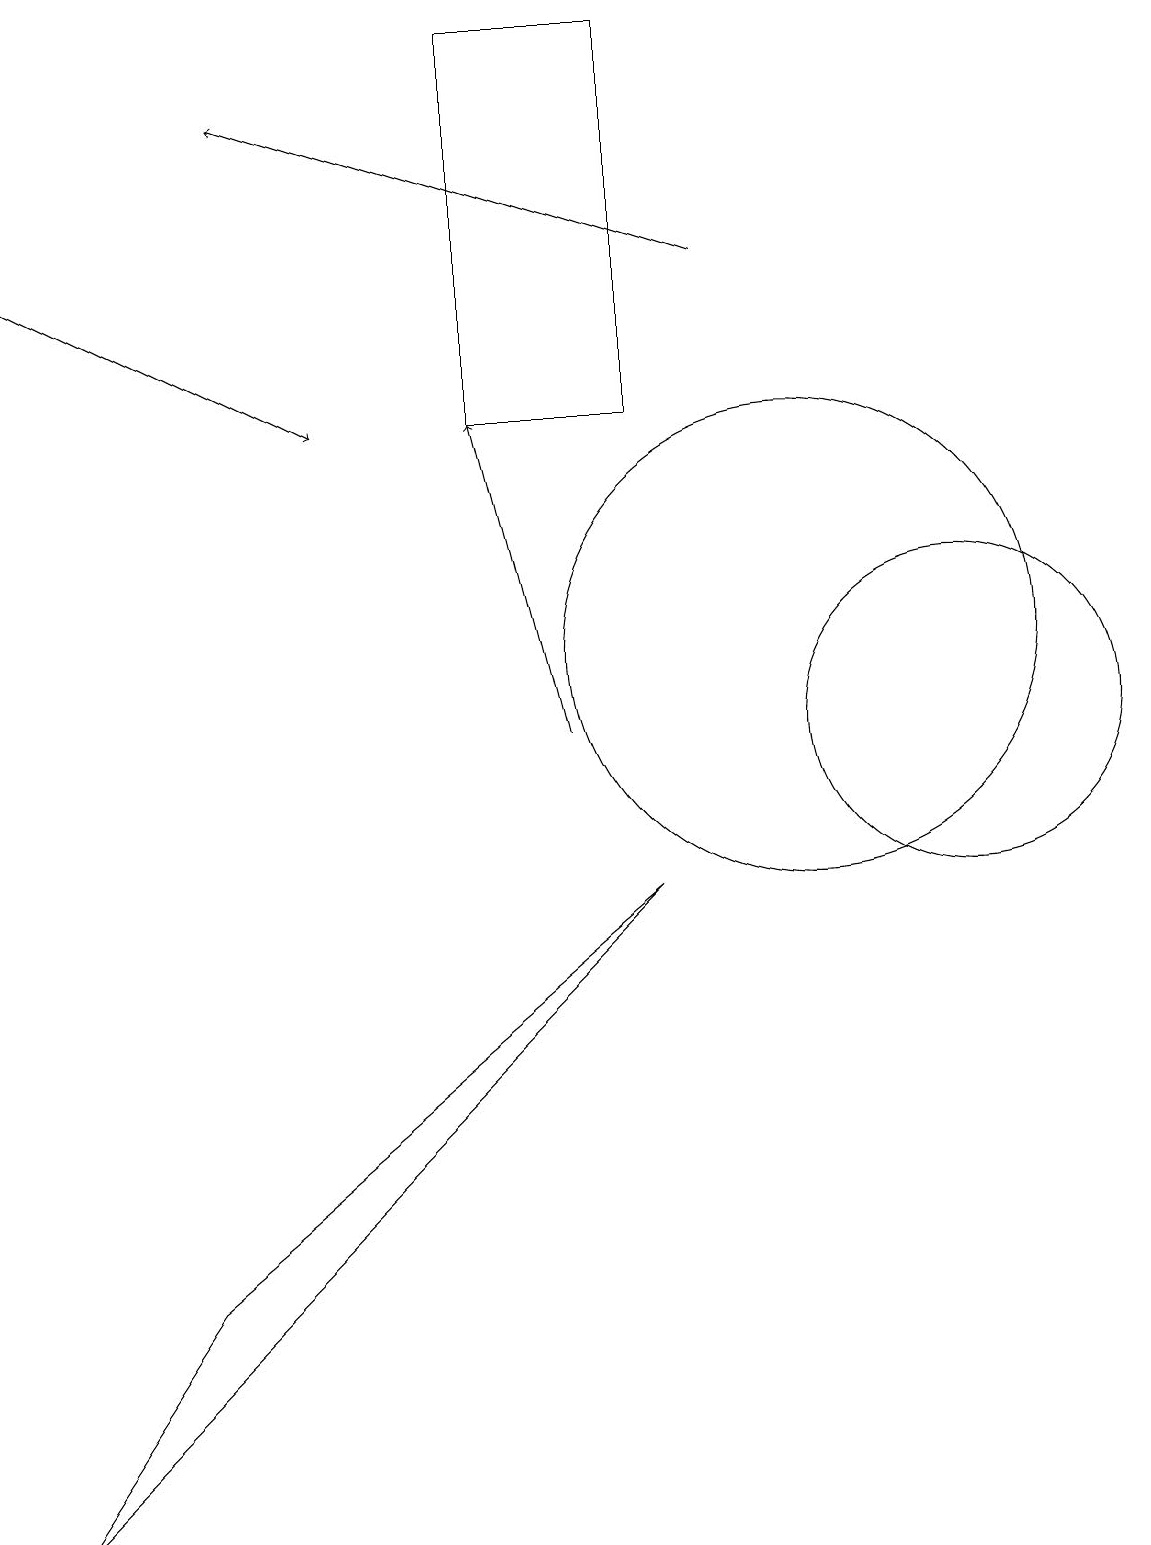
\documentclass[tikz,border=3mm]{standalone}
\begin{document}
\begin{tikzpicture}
\draw (10,11) circle (3);
\draw (2,3) -- (8,8) -- (0,0) -- cycle;
\draw (12,10) circle (2);
\draw[->] (0,16) -- (4,14);
\draw[->] (9,16) -- (3,18);
\draw[->] (7,10) -- (6,14);
\draw (8,19) rectangle (6,14);
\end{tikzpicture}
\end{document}